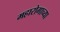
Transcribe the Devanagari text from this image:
महारोगाच्या